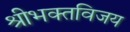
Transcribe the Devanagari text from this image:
श्रीभक्तविजय